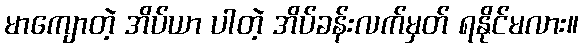
မာကျောတဲ့ အိပ်ယာ ပါတဲ့ အိပ်ခန်းလက်မှတ် ရနိုင်မလား။